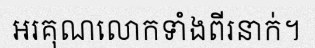
អរគុណលោកទាំងពីរនាក់។